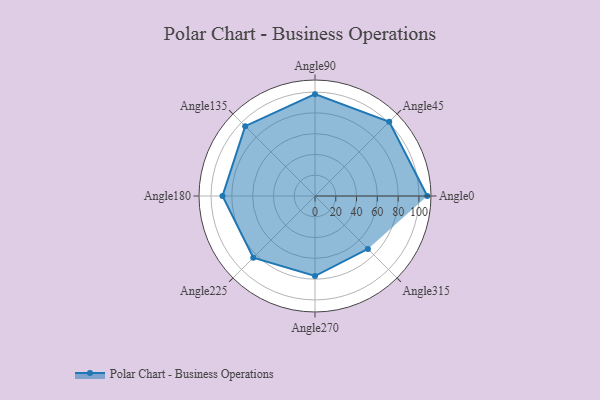
{"axis": {"x": "Angle", "y": "Radius"}, "legend": [""], "data": [{"x": "Angle0", "y": 108.0, "type": ""}, {"x": "Angle45", "y": 101.0, "type": ""}, {"x": "Angle90", "y": 98.0, "type": ""}, {"x": "Angle135", "y": 95.0, "type": ""}, {"x": "Angle180", "y": 89.0, "type": ""}, {"x": "Angle225", "y": 84.0, "type": ""}, {"x": "Angle270", "y": 77.0, "type": ""}, {"x": "Angle315", "y": 72.0, "type": ""}]}